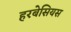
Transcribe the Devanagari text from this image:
हरबेसियस